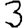
Digit: 3